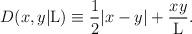
LaTeX: \begin{align*}D(x,y|{\rm L}) \equiv \frac{1}{2} |x-y| + \frac{xy}{\rm L}.\end{align*}